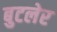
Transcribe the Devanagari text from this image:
बुटलेर